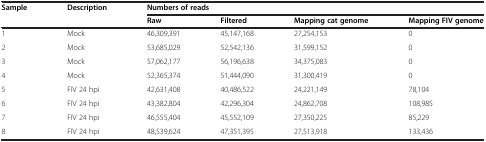
<table><thead><tr><td><b>Sample</b></td><td><b>Description</b></td><td colspan="4"><b>Numbers of reads</b></td></tr><tr><td><b> </b></td><td><b> </b></td><td><b>Raw</b></td><td><b>Filtered</b></td><td><b>Mapping cat genome</b></td><td><b>Mapping FIV genome</b></td></tr></thead><tbody><tr><td>1</td><td>Mock</td><td>46,309,391</td><td>45,147,168</td><td>27,254,153</td><td>0</td></tr><tr><td>2</td><td>Mock</td><td>53,685,029</td><td>52,542,136</td><td>31,599,152</td><td>0</td></tr><tr><td>3</td><td>Mock</td><td>57,062,177</td><td>56,196,638</td><td>34,375,083</td><td>0</td></tr><tr><td>4</td><td>Mock</td><td>52,365,374</td><td>51,444,090</td><td>31,300,419</td><td>0</td></tr><tr><td>5</td><td>FIV 24 hpi</td><td>42,631,408</td><td>40,486,522</td><td>24,221,149</td><td>78,104</td></tr><tr><td>6</td><td>FIV 24 hpi</td><td>43,382,804</td><td>42,296,304</td><td>24,862,708</td><td>108,985</td></tr><tr><td>7</td><td>FIV 24 hpi</td><td>46,555,404</td><td>45,552,109</td><td>27,350,225</td><td>85,229</td></tr><tr><td>8</td><td>FIV 24 hpi</td><td>48,539,624</td><td>47,351,395</td><td>27,513,918</td><td>133,436</td></tr></tbody></table>